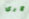
لارى